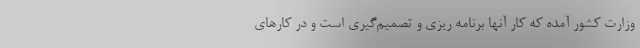
وزارت کشور آمده که کار آنها برنامه ریزی و تصمیم‌گیری است و در کارهای